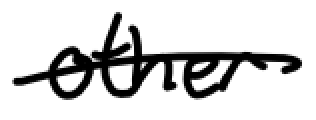
Text: other
Cross-out: single-line
Writing tool: digital_black